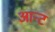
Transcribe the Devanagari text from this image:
आन्ट